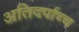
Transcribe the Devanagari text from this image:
अतिदर्पाच्च